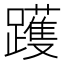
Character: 𰸳